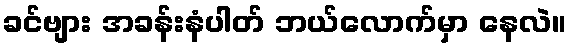
ခင်ဗျား အခန်းနံပါတ် ဘယ်လောက်မှာ နေလဲ။